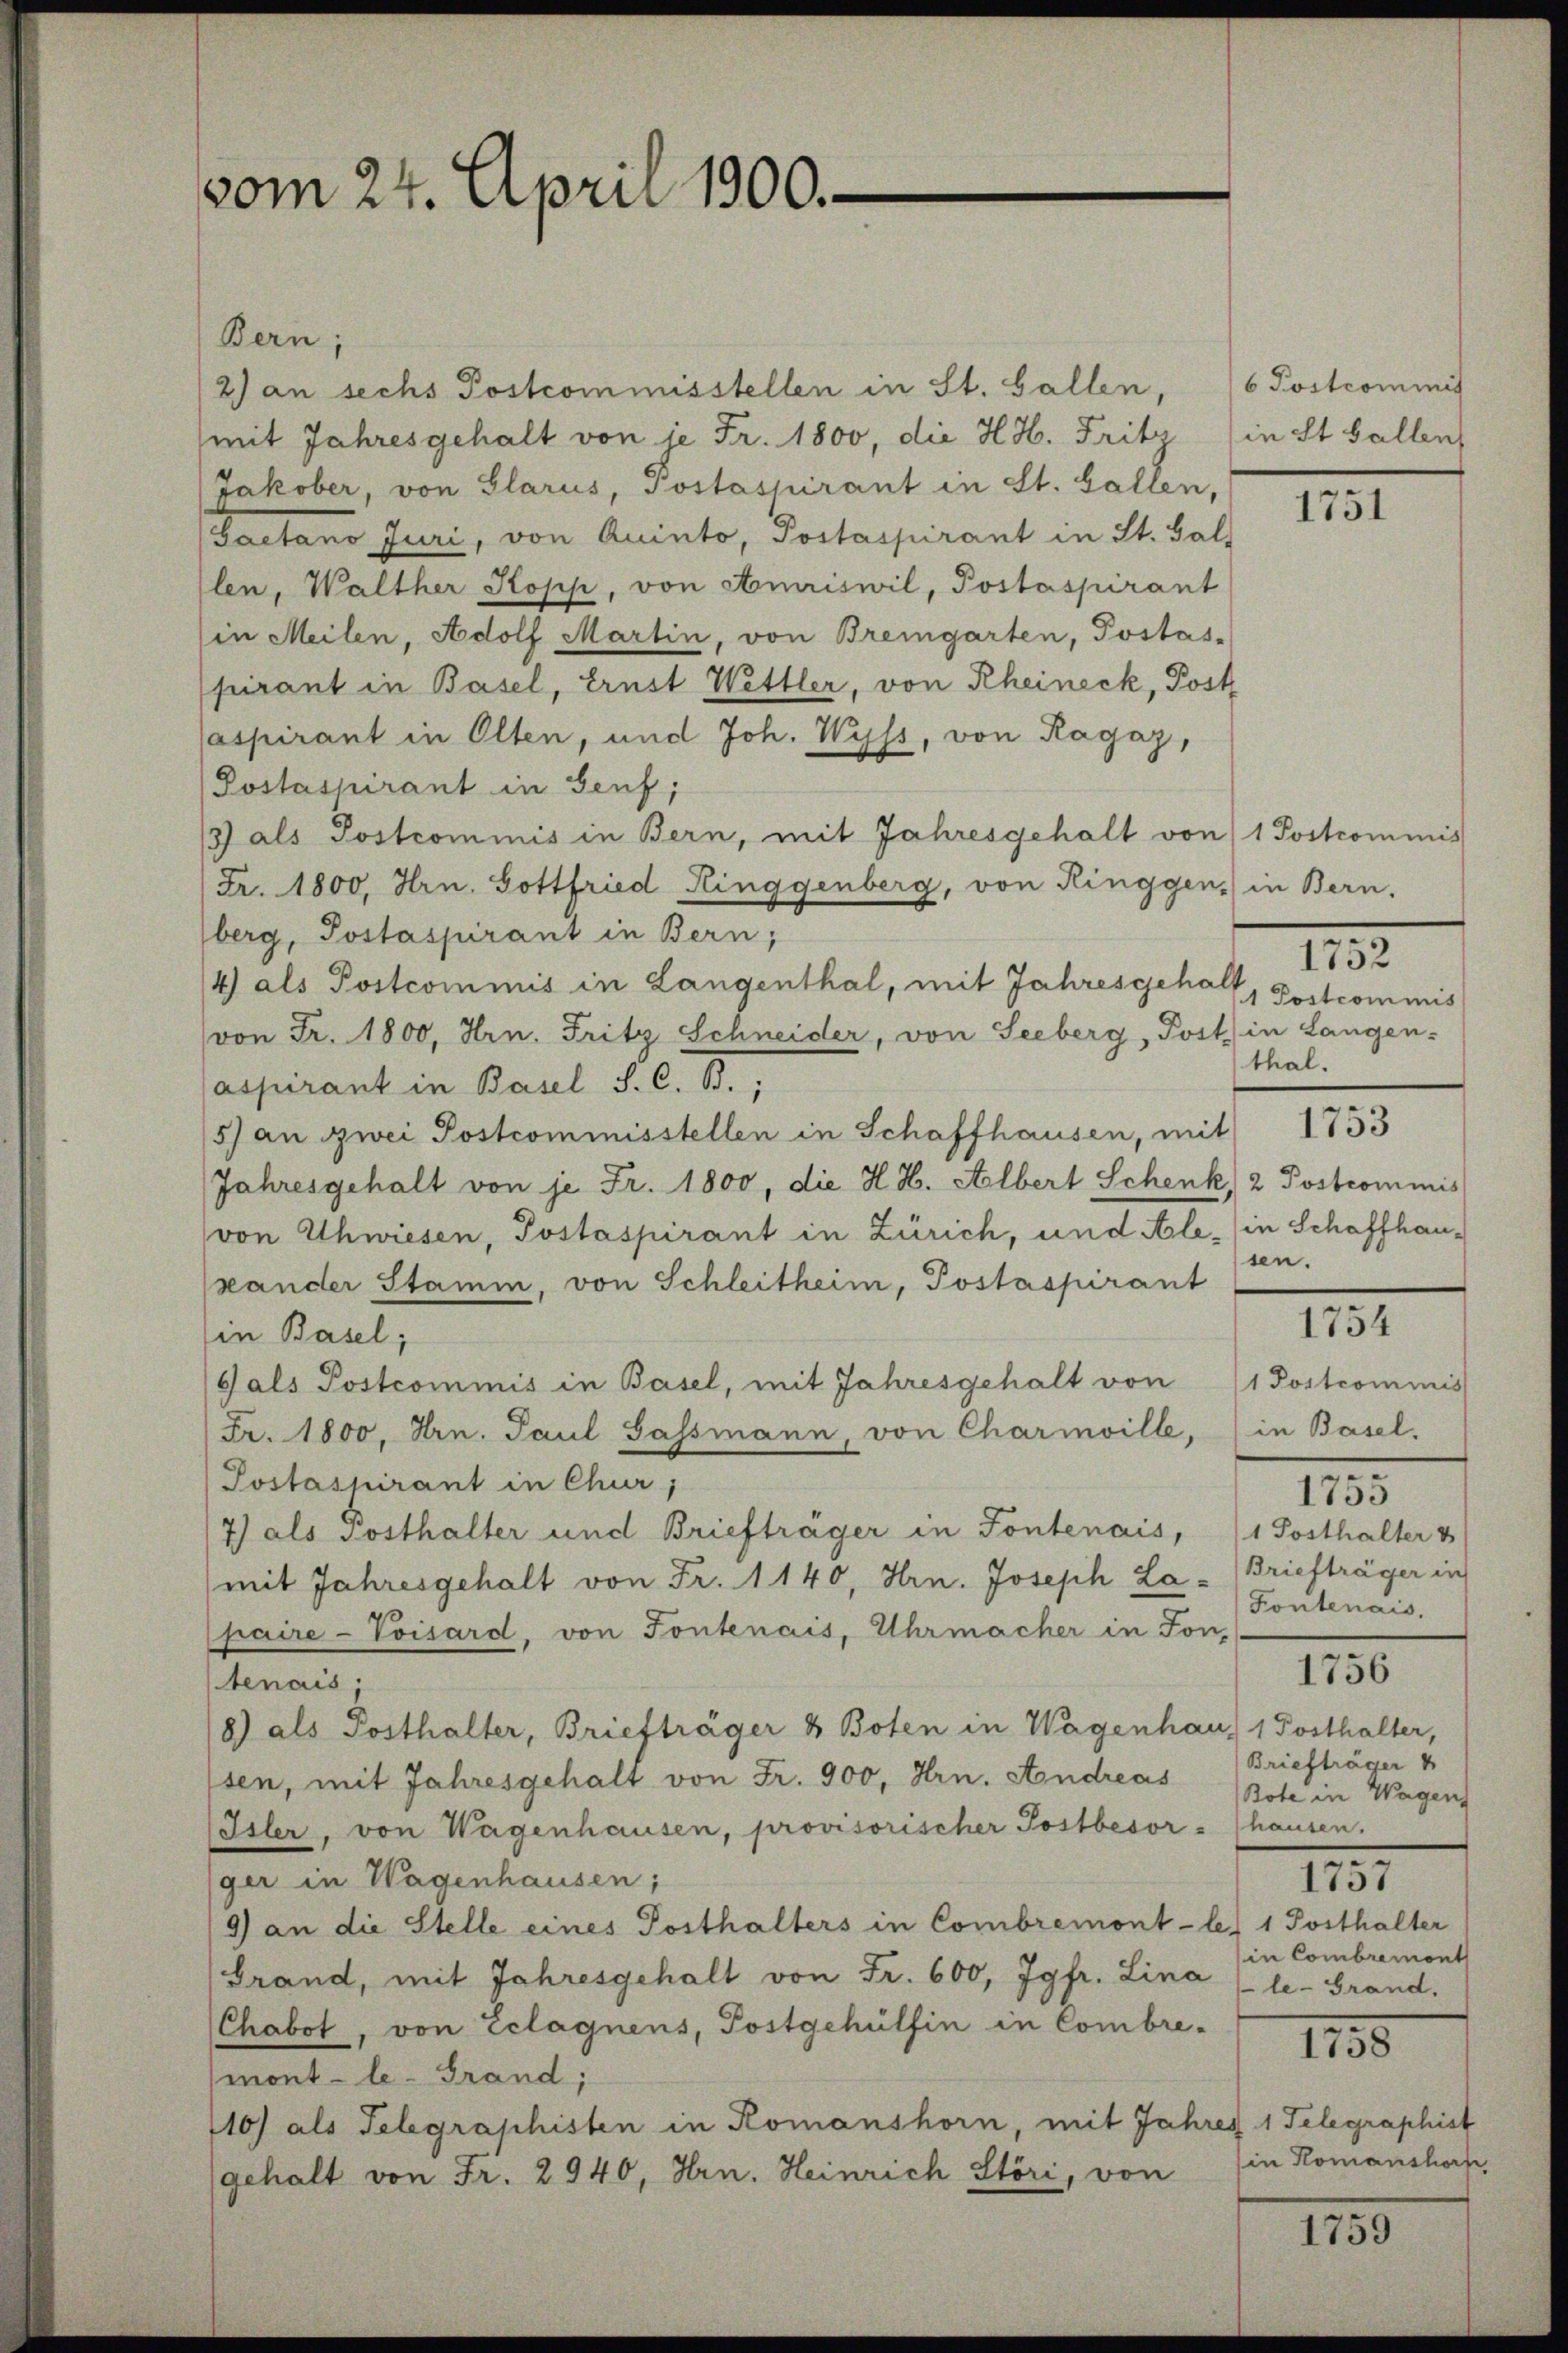
vom 24. April 1900.

Bern;
2) an sechs Postcommisstellen in St. Gallen,
mit Jahresgehalt von je Fr. 1800, die H.H. Fritz (in St. Gallen,
Jakober, von Glarus, Postaspirant in St. Gallen,
(Gaetano Juri, von Quinto, Postaspirant in St. Gal
len, Walther Kopp, von Amriswil, Postaspirant
in Meilen, Adolf Martin, von Bremgarten, Postas-
pirant in Basel, Ernst Wettler, von Rheineck, Post
aspirant in Olten, und Joh. Wyss, von Ragaz,
Postaspirant in Genf;
3) als Postcommis in Bern, mit Jahresgehalt von 1 Postcommis
Fr. 1800. Hrn. Gottfried Ringgenberg, von Ringgen, in Bern,
berg, Postaspirant in Bern,
4) als Postcommis in Langenthal, mit Jahresgehalt
von Fr. 1800, Hrn. Fritz Schneider, von Seeberg, Post in Langen-
aspirant in Basel S. C. B.,
5) an zwei Postcommisstellen in Schaffhausen, mit
Jahresgehalt von je Fr. 1800, die H. H. Albert Schenk, 2 Postcommis
von Uhwiesen, Postaspirant in Zürich, und Ale (in Schaffhauxander Stamm, von Schleitheim, Postaspirant
in Basel;
Gals Postcommis in Basel, mit Jahresgehalt von 1 Postcommis
Fr. 1800, Hrn. Paul Gassmann, von Charmville, in Basel,
Postaspirant in Chur,
7) als Posthalter und Briefträger in Fontenais, (1 Posthalter v
(mit Jahresgehalt von Fr. 1140, Hrn. Joseph La-Briefträger in
paire-Voisard, von Fontenais, Uhrmacher in Fon-
tenais
/8) als Posthalter, Briefträger & Boten in Wagenhaus 1 Posthalter,
lsen, mit Jahresgehalt von Fr. 900, Hrn. Andreas Bote in Wagens
Isler, von Wagenhausen, provisorischer Postbesor - hausen.
ger in Wagenhausen;
9) an die Stelle eines Posthalters in Combremont-le, 1 Posthalter
Grand, mit Jahresgehalt von Fr. 600, Jgfr. Lina (le-Grand.
Chabot, von Eclagnens, Postgehülfen in Combre-
mont-le-Grand;
110) als Telegraphisten in Romanshorn, mit Jahres 1 Telegraphist
gehalt von Fr. 2940, Hrn. Heinrich Störi, von

6 Postcommis

1751

152
1 Postcommis
thal.

1753

sen.

1754

1755
Fontenais.

1756

Briefträger

1757

in Combremont

115

in Komanshorf

1135